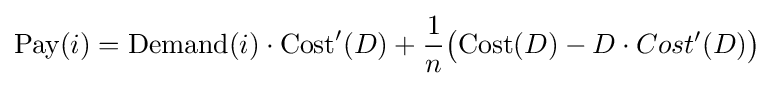
{\text{Pay}}(i)={\text{Demand}}(i)\cdot {\text{Cost}}'(D)+{1 \over n}{\big (}{\text{Cost}}(D)-D\cdot Cost'(D){\big )}